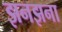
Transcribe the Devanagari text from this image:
झनझना